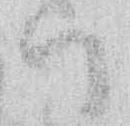
ハ